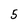
Character: 5